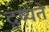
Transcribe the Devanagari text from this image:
दृष्यते